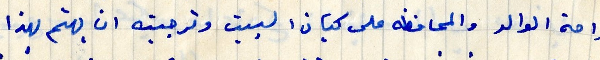
راحة الوالد والمحافظه على كيان البيت وترجيته ان يهتم بهذا